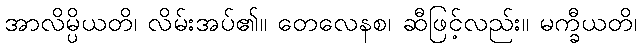
အာလိမ္ပိယတိ၊ လိမ်းအပ်၏။ တေလေနစ၊ ဆီဖြင့်လည်း။ မက္ခီယတိ၊